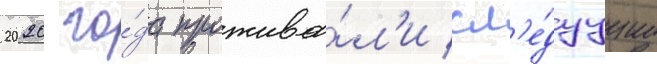
2020 го́да прожива́л'и сл'е́дуущие